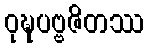
ဝုဍ္ဎပဗ္ဗဇိတဿ